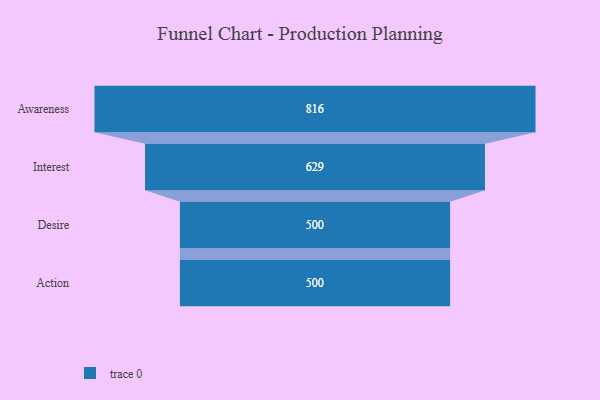
{"axis": {"x": "Stage", "y": "Value"}, "legend": [""], "data": [{"x": "Awareness", "y": 816.0, "type": ""}, {"x": "Interest", "y": 629.0, "type": ""}, {"x": "Desire", "y": 500, "type": ""}, {"x": "Action", "y": 500, "type": ""}]}